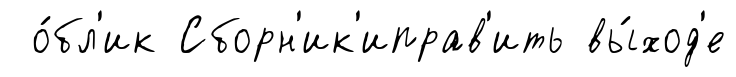
о́бл'ик Сборн'ик'иправ'ить вы́ход'е